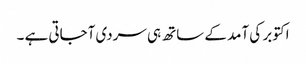
اکتوبر کی آمد کے ساتھ ہی سردی آجاتی ہے ۔